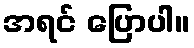
အရင် ပြောပါ။